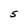
Character: 5